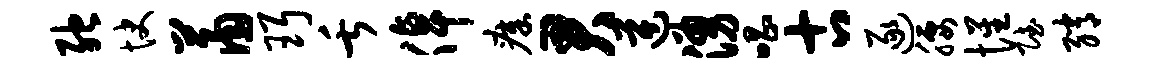
弛快萧珥舌倬瘴君逆涌唱古逐腰惺赋绡